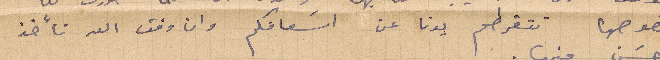
بخصوصها تتقرطم يدنا عن اسعافكم وان وفق الله نأخذ